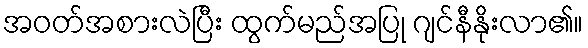
အဝတ်အစားလဲပြီး ထွက်မည်အပြု ဂျင်နီနိုးလာ၏။